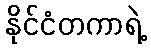
နိုင်ငံတကာရဲ့